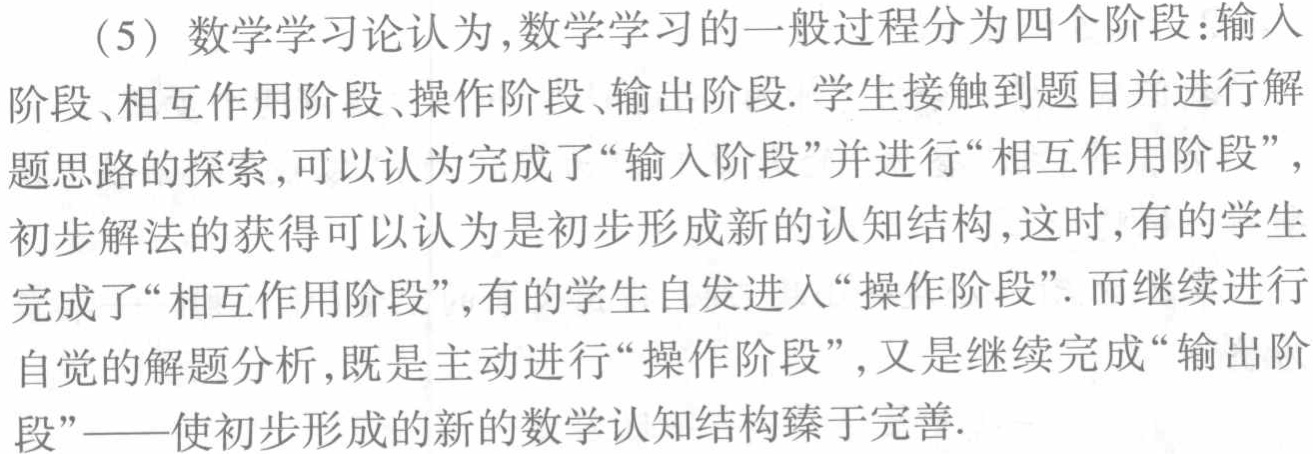
（5）数学学习论认为，数学学习的一般过程分为四个阶段：输入阶段、相互作用阶段、操作阶段、输出阶段. 学生接触到题目并进行解题思路的探索，可以认为完成了“输入阶段”并进行“相互作用阶段”，初步解法的获得可以认为是初步形成新的认知结构，这时，有的学生完成了“相互作用阶段”，有的学生自发进入“操作阶段”. 而继续进行自觉的解题分析，既是主动进行“操作阶段”，又是继续完成“输出阶段”——使初步形成的新的数学认知结构臻于完善.